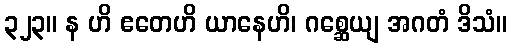
၃၂၃။ န ဟိ ဧတေဟိ ယာနေဟိ၊ ဂစ္ဆေယျ အဂတံ ဒိသံ။